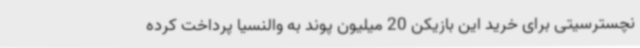
نچسترسیتی برای خرید این بازیکن 20 میلیون پوند به والنسیا پرداخت کرده